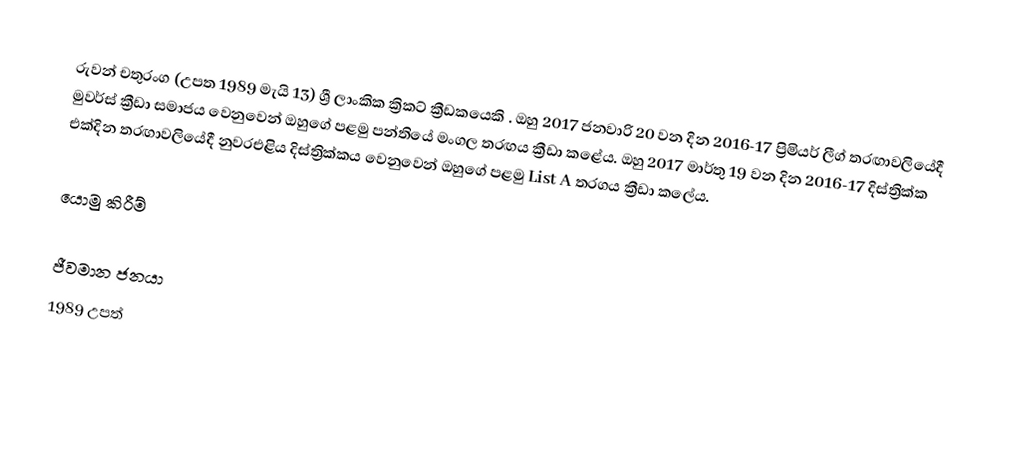
රුවන් චතුරංග (උපත 1989 මැයි 13) ශ්‍රී ලාංකික ක්‍රිකට් ක්‍රීඩකයෙකි . ඔහු 2017 ජනවාරි 20 වන දින 2016-17 ප්‍රිමියර් ලීග් තරඟාවලියේදී මුවර්ස් ක්‍රීඩා සමාජය වෙනුවෙන් ඔහුගේ පළමු පන්තියේ මංගල තරඟය ක්‍රීඩා කළේය. ඔහු 2017 මාර්තු 19 වන දින 2016-17 දිස්ත්‍රික්ක එක්දින තරඟාවලියේදී නුවරඑළිය දිස්ත්‍රික්කය වෙනුවෙන් ඔහුගේ පළමු List A තරගය ක්‍රීඩා කලේය.

යොමු කිරීම්

ජීවමාන ජනයා
1989 උපත්